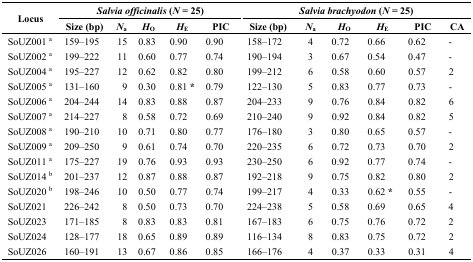
<table><thead><tr><td rowspan="3"><b>Locus</b></td><td colspan="5"><b><i>Salvia officinalis</i> (<i>N</i> = 25)</b></td><td colspan="6"><b><i>Salvia brachyodon</i> (<i>N</i> = 25)</b></td></tr><tr><td><b>Size (bp)</b></td><td><b><i>N</i><sub>a</sub></b></td><td><b><i>H</i><sub>O</sub></b></td><td><b><i>H</i><sub>E</sub></b></td><td><b>PIC</b></td><td><b>Size (bp)</b></td><td><b><i>N</i><sub>a</sub></b></td><td><b><i>H</i><sub>O</sub></b></td><td><b><i>H</i><sub>E</sub></b></td><td><b>PIC</b></td><td><b>CA</b></td></tr></thead><tbody><tr><td>SoUZ001a</td><td>159–195</td><td>15</td><td>0.83</td><td>0.90</td><td>0.90</td><td>158–172</td><td>4</td><td>0.72</td><td>0.66</td><td>0.62</td><td>-</td></tr><tr><td>SoUZ002a</td><td>199–222</td><td>11</td><td>0.60</td><td>0.77</td><td>0.74</td><td>190–194</td><td>3</td><td>0.67</td><td>0.54</td><td>0.47</td><td>-</td></tr><tr><td>SoUZ004a</td><td>195–227</td><td>12</td><td>0.62</td><td>0.82</td><td>0.80</td><td>199–212</td><td>6</td><td>0.58</td><td>0.60</td><td>0.57</td><td>2</td></tr><tr><td>SoUZ005a</td><td>131–160</td><td>9</td><td>0.30</td><td>0.81*</td><td>0.79</td><td>122–130</td><td>5</td><td>0.83</td><td>0.77</td><td>0.73</td><td>-</td></tr><tr><td>SoUZ006a</td><td>204–244</td><td>14</td><td>0.83</td><td>0.88</td><td>0.87</td><td>204–233</td><td>9</td><td>0.76</td><td>0.84</td><td>0.82</td><td>6</td></tr><tr><td>SoUZ007a</td><td>214–227</td><td>8</td><td>0.58</td><td>0.72</td><td>0.69</td><td>210–240</td><td>9</td><td>0.92</td><td>0.84</td><td>0.82</td><td>5</td></tr><tr><td>SoUZ008a</td><td>190–210</td><td>10</td><td>0.71</td><td>0.80</td><td>0.77</td><td>176–180</td><td>3</td><td>0.80</td><td>0.65</td><td>0.57</td><td>-</td></tr><tr><td>SoUZ009a</td><td>209–250</td><td>9</td><td>0.61</td><td>0.74</td><td>0.70</td><td>220–235</td><td>6</td><td>0.72</td><td>0.73</td><td>0.70</td><td>2</td></tr><tr><td>SoUZ011a</td><td>175–227</td><td>19</td><td>0.76</td><td>0.93</td><td>0.93</td><td>230–250</td><td>6</td><td>0.92</td><td>0.77</td><td>0.74</td><td>-</td></tr><tr><td>SoUZ014b</td><td>201–237</td><td>12</td><td>0.87</td><td>0.88</td><td>0.87</td><td>192–218</td><td>9</td><td>0.75</td><td>0.82</td><td>0.80</td><td>2</td></tr><tr><td>SoUZ020b</td><td>198–246</td><td>10</td><td>0.50</td><td>0.77</td><td>0.74</td><td>199–217</td><td>4</td><td>0.33</td><td>0.62*</td><td>0.55</td><td>-</td></tr><tr><td>SoUZ021</td><td>226–242</td><td>8</td><td>0.50</td><td>0.73</td><td>0.70</td><td>224–238</td><td>5</td><td>0.58</td><td>0.69</td><td>0.65</td><td>4</td></tr><tr><td>SoUZ023</td><td>171–185</td><td>8</td><td>0.83</td><td>0.83</td><td>0.81</td><td>167–183</td><td>6</td><td>0.75</td><td>0.76</td><td>0.72</td><td>2</td></tr><tr><td>SoUZ024</td><td>128–177</td><td>18</td><td>0.65</td><td>0.89</td><td>0.89</td><td>116–134</td><td>8</td><td>0.83</td><td>0.75</td><td>0.72</td><td>2</td></tr><tr><td>SoUZ026</td><td>160–191</td><td>13</td><td>0.67</td><td>0.86</td><td>0.85</td><td>166–176</td><td>4</td><td>0.37</td><td>0.33</td><td>0.31</td><td>4</td></tr></tbody></table>